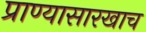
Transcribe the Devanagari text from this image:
प्राण्यासारखाच